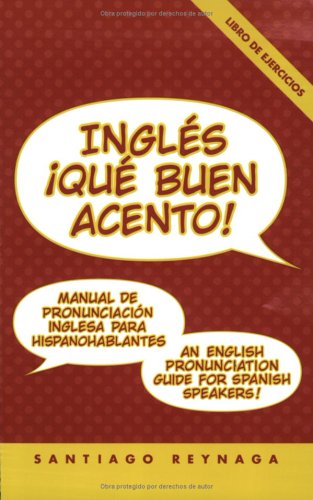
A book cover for Ingles: Que Buen Acento! An English Pronunciation Guide for Spanish Speakers (Book & 2 Audio CDs) (Spanish Edition); Santiago Reynaga; Reference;